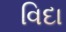
વિદા